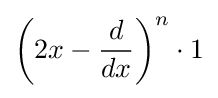
\left(2x-{\frac {d}{dx}}\right)^{n}\cdot 1